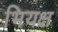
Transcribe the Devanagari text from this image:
भियक्ष